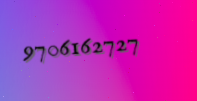
9706162727